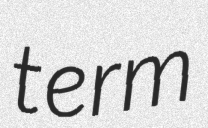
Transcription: term